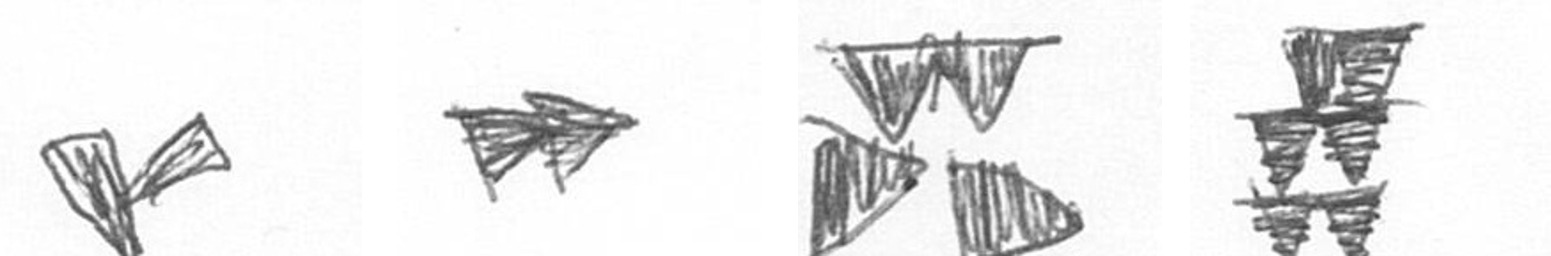
F A B Y